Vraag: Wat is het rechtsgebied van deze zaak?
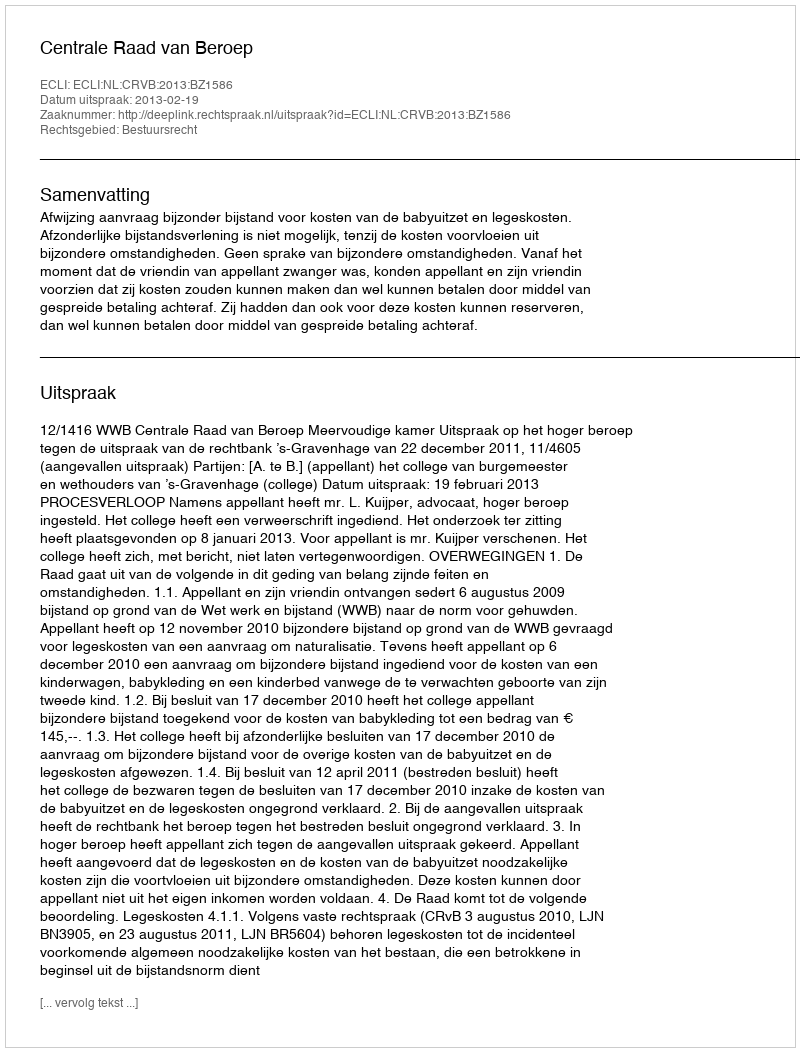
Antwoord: Bestuursrecht